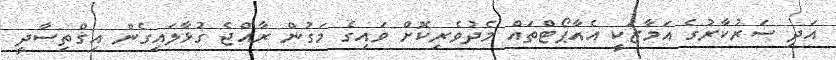
އަދި ސަރުކާރުގެ އަމާޒަކީ އެއާޕޯޓްތައް މެދުވެރިކޮށް ވައިގެ މަގުން ރާއްޖެ ގުޅާލައިގެން އިގްތިސާދީ